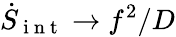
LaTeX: \dot{S}_{\mathrm{~i~n~t~}}\rightarrow f^{2}/D